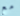
مع